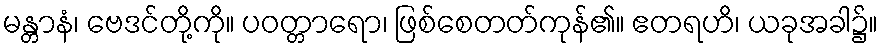
မန္တာနံ၊ ဗေဒင်တို့ကို။ ပဝတ္တာရော၊ ဖြစ်စေတတ်ကုန်၏။ ဧတရဟိ၊ ယခုအခါ၌။